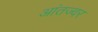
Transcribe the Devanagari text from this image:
आंतज्वर